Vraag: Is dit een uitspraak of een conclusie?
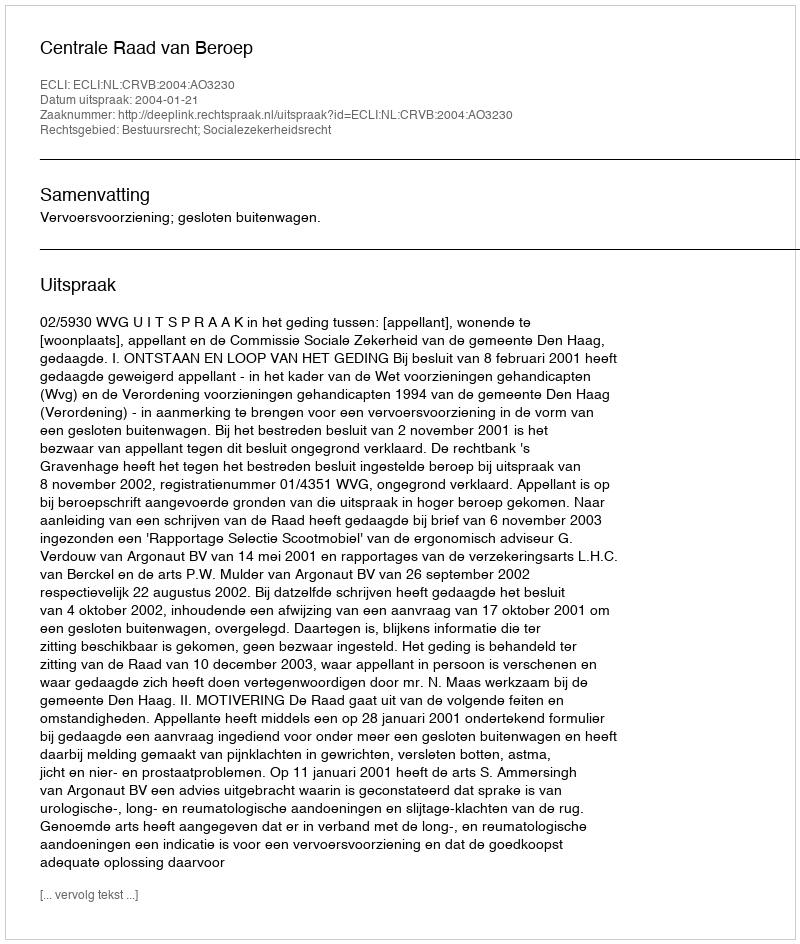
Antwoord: Uitspraak